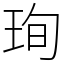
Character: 珣